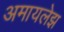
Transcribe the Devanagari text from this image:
अमायलेझ